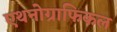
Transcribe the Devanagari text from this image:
एथनोग्राफिकल